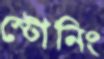
স্টোনিং